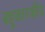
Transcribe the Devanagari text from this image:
बहुकारकीय